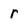
Character: r